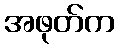
အဖုတ်က